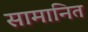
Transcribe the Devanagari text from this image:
सामानित